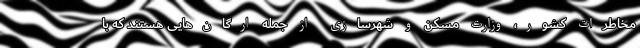
مخاطرات کشور، وزارت مسکن و شهرسازی از جمله ارگان‌هایی هستند که با